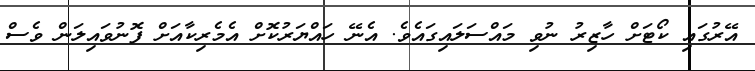
އޭރުގައި ކޯޓަށް ހާޒިރު ނުވި މައްސަލައިގައެވެ. އެނޭ ހައްޔަރުުކޮށް އެމެރިކާއަށް ފޮނުވައިލަން ވެސް